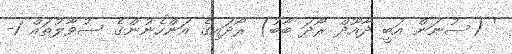
' (ސުނަން އަބީ ދާއޫދް ރޯދަ ބާބު) ރޯދައިގެ އަންހެނުންގެ ސުވާލުތައް 1-